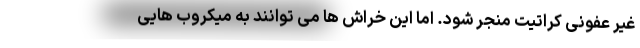
غیر عفونی کراتیت منجر شود. اما این خراش ها می توانند به میکروب هایی